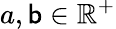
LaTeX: a,\mathsf{b}\in\mathbb{{R}}^{+}